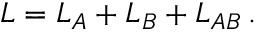
L = L _ { A } + L _ { B } + L _ { A B } \, .